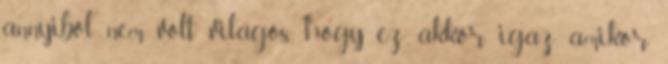
annyiból nem volt világos, hogy ez akkor igaz, amikor